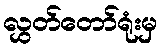
လွှတ်တော်ရုံးမှ